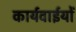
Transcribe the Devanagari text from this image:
कार्यवाईयों